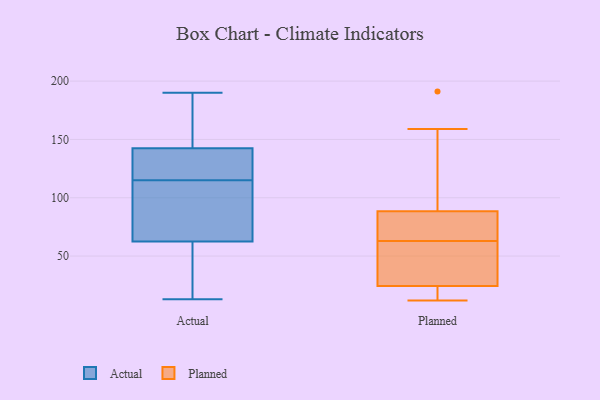
{"axis": {"x": "Page Views", "y": "Value"}, "legend": ["Actual", "Planned"], "data": [{"x": "", "y": 122, "type": "Actual"}, {"x": "", "y": 36, "type": "Actual"}, {"x": "", "y": 144, "type": "Actual"}, {"x": "", "y": 61, "type": "Actual"}, {"x": "", "y": 70, "type": "Actual"}, {"x": "", "y": 121, "type": "Actual"}, {"x": "", "y": 115, "type": "Actual"}, {"x": "", "y": 115, "type": "Actual"}, {"x": "", "y": 168, "type": "Actual"}, {"x": "", "y": 67, "type": "Actual"}, {"x": "", "y": 24, "type": "Actual"}, {"x": "", "y": 130, "type": "Actual"}, {"x": "", "y": 190, "type": "Actual"}, {"x": "", "y": 78, "type": "Actual"}, {"x": "", "y": 138, "type": "Actual"}, {"x": "", "y": 176, "type": "Actual"}, {"x": "", "y": 46, "type": "Actual"}, {"x": "", "y": 170, "type": "Actual"}, {"x": "", "y": 13, "type": "Actual"}, {"x": "", "y": 81, "type": "Planned"}, {"x": "", "y": 21, "type": "Planned"}, {"x": "", "y": 22, "type": "Planned"}, {"x": "", "y": 46, "type": "Planned"}, {"x": "", "y": 191, "type": "Planned"}, {"x": "", "y": 91, "type": "Planned"}, {"x": "", "y": 81, "type": "Planned"}, {"x": "", "y": 24, "type": "Planned"}, {"x": "", "y": 133, "type": "Planned"}, {"x": "", "y": 25, "type": "Planned"}, {"x": "", "y": 32, "type": "Planned"}, {"x": "", "y": 34, "type": "Planned"}, {"x": "", "y": 12, "type": "Planned"}, {"x": "", "y": 80, "type": "Planned"}, {"x": "", "y": 159, "type": "Planned"}, {"x": "", "y": 22, "type": "Planned"}, {"x": "", "y": 72, "type": "Planned"}, {"x": "", "y": 63, "type": "Planned"}, {"x": "", "y": 130, "type": "Planned"}]}